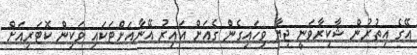
އޭގެ އިތުރުން ޝާކިރާވަނީ ޖިޔާ ވިހައިގެން ގެއަށް އައިރު އޭނާއަށްޓަކައި ވަކިން ކޮޓަރިއަށް